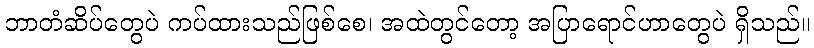
ဘာတံဆိပ်တွေပဲ ကပ်ထားသည်ဖြစ်စေ၊ အထဲတွင်တော့ အပြာရောင်ဟာတွေပဲ ရှိသည်။